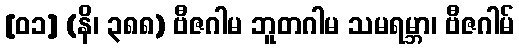
[၀၁] (နိ၊ ၃၈၈) ဗီဇဂါမ ဘူတဂါမ သမရမ္ဘာ၊ ဗီဇဂါမ်